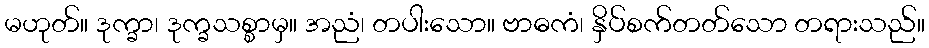
မဟုတ်။ ဒုက္ခာ၊ ဒုက္ခသစ္စာမှ။ အညံ၊ တပါးသော။ ဗာဓကံ၊ နှိပ်စက်တတ်သော တရားသည်။